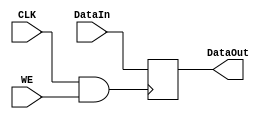
`timescale 1ns / 1ps
//////////////////////////////////////////////////////////////////////////////////
// Company: 
// Engineer: 
// 
// Design Name: 
// Module Name: Reg12
// Project Name: 
// Target Devices: 
// Tool Versions: 
// Description: 
// 
// Dependencies: 
// 
// Revision:
// Revision 0.01 - File Created
// Additional Comments:
// 
//////////////////////////////////////////////////////////////////////////////////


module Reg16(   
input CLK,
input [15:0] DataIn,
input WE, 
output reg [15:0] DataOut
);
wire clk;
assign clk=(CLK & WE);
initial begin
    DataOut = 16'b0;
end
always @(posedge clk)
begin
    DataOut <= DataIn;
end
endmodule